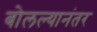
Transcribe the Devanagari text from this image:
बोलल्यानंतर